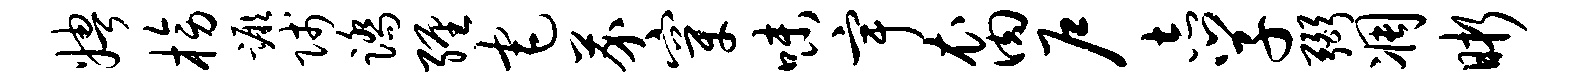
娉榜蹶贱踏缠宅芥穿味宇裔户志学弼凋晰